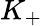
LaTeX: K_{+}